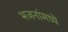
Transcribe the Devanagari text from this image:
भजनांमध्ये